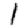
Digit: 1